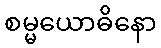
စမ္မယောဓိနော